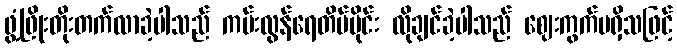
ဖွံ့ဖြိုးတိုးတက်လာခဲ့ပါသည် ကမ်းလွန်ရေတိမ်ပိုင်း လိုချင်ခဲ့ပါသည် ဈေးကွက်မရှိသဖြင့်